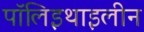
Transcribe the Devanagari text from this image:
पॉलिइथाइलीन